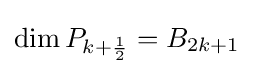
\dim P_{k+{\frac {1}{2}}}=B_{2k+1}